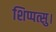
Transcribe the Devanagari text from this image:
शिप्पत्सु।